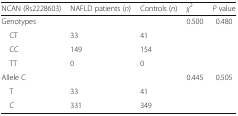
| NCAN (Rs2228603) | NAFLD patients (n) | Controls (n) | χ2 | P value |
 | --- | --- | --- | --- | --- |
 | Genotypes |  |  | 0.500 | 0.480 |
 | CT | 33 | 41 |  |  |
 | CC | 149 | 154 |  |  |
 | TT | 0 | 0 |  |  |
 | Allele C |  |  | 0.445 | 0.505 |
 | T | 33 | 41 |  |  |
 | C | 331 | 349 |  |  |